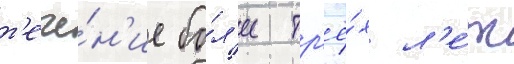
т'ече́н'ие бо́л'ее тр'ё́х л'е́т